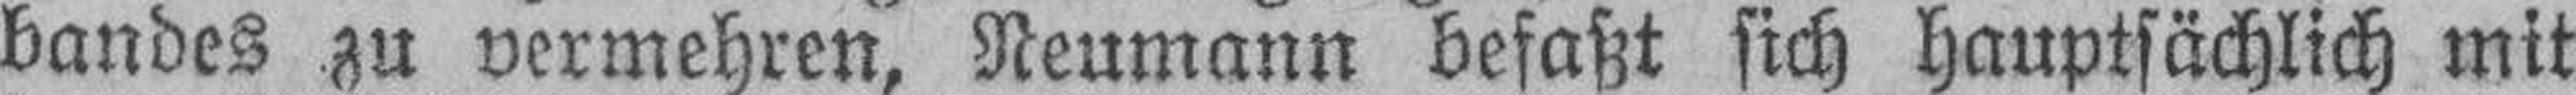
bandes zu vermehren, Neumann befaßt sich hauptsächlich mit